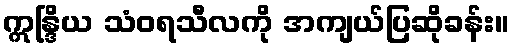
ဣန္ဒြိယ သံဝရသီလကို အကျယ်ပြဆိုခန်း။